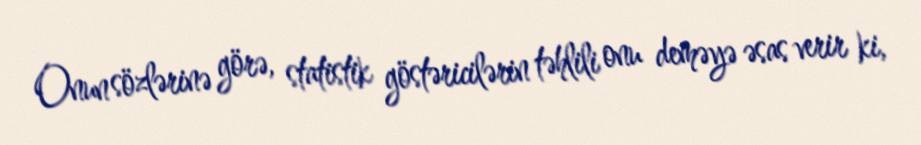
Onun sözlərinə görə, statistik göstəricilərin təhlili onu deməyə əsas verir ki,